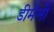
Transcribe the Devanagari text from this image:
डीमेलो